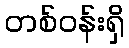
တစ်ဝန်းရှိ